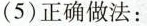
(5)正确做法：